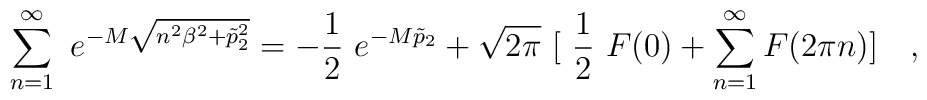
\sum _{n=1}^{\infty}~e^{-M\sqrt {n^2\beta^2 + \tilde p_{2}^{2} }} =-\frac{1}{2}~e^{-M\tilde p_2} + \sqrt {2\pi}~[~\frac {1}{2}~F(0) + \sum _{n=1}^{\infty} F(2\pi n)] ~~~,